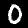
Label: 0